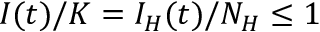
I ( t ) / K = I _ { H } ( t ) / N _ { H } \leq 1